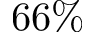
6 6 \%